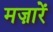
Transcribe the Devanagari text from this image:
मज़ारें